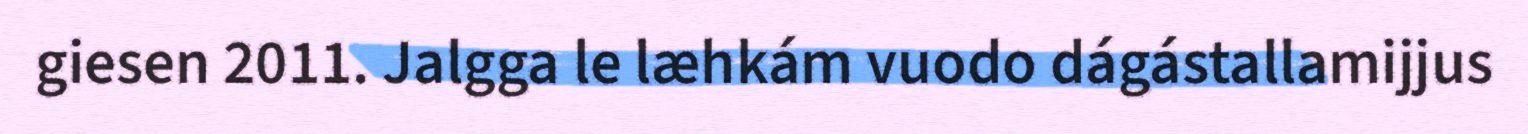
giesen 2011. Jalgga le læhkám vuodo dágástallamijjus